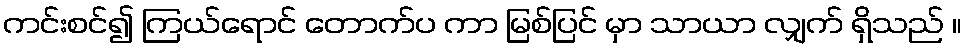
ကင်းစင်၍ ကြယ်ရောင် တောက်ပ ကာ မြစ်ပြင် မှာ သာယာ လျှက် ရှိသည် ။